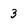
Character: 3